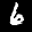
Label: 6